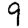
Digit: 9